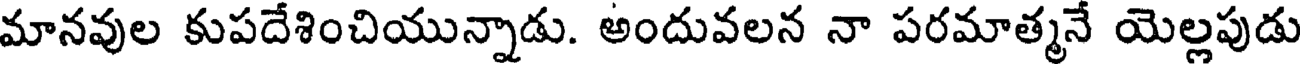
మానవుల కుపదేశించియున్నాడు. అందువలన నా పరమాత్మనే యెల్లపుడు